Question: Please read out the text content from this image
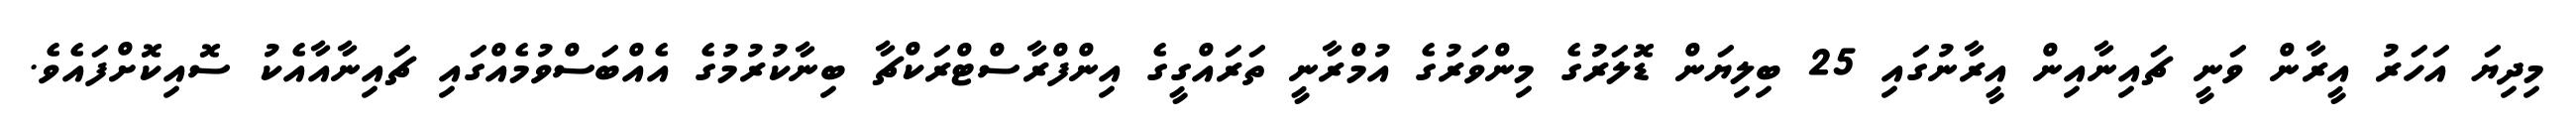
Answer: މިދިޔަ އަހަރު އީރާން ވަނީ ޗައިނާއިން އީރާނުގައި 25 ބިލިޔަން ޑޮލަރުގެ މިންވަރުގެ އުމްރާނީ ތަރައްގީގެ އިންފްރާސްޓްރަކްޗާ ބިނާކުރުމުގެ އެއްބަސްވުމެއްގައި ޗައިނާއާއެކު ސޮއިކޮށްފައެވެ.